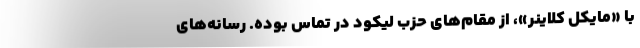
با «مایکل کلاینر»، از مقام‌های حزب لیکود در تماس بوده. رسانه‌های